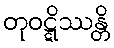
တုဝဋ္ဋိဿန္တိ